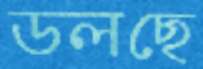
ডলছে